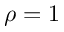
\rho = 1